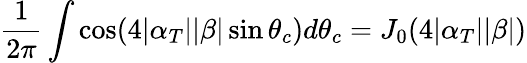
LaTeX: \frac{1}{2\pi}\int\cos(4|\alpha_{T}||\beta|\sin\theta_{c})d\theta_{c}=J_{0}(4|\alpha_{T}||\beta|)